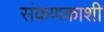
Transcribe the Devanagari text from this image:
संकणकाशी